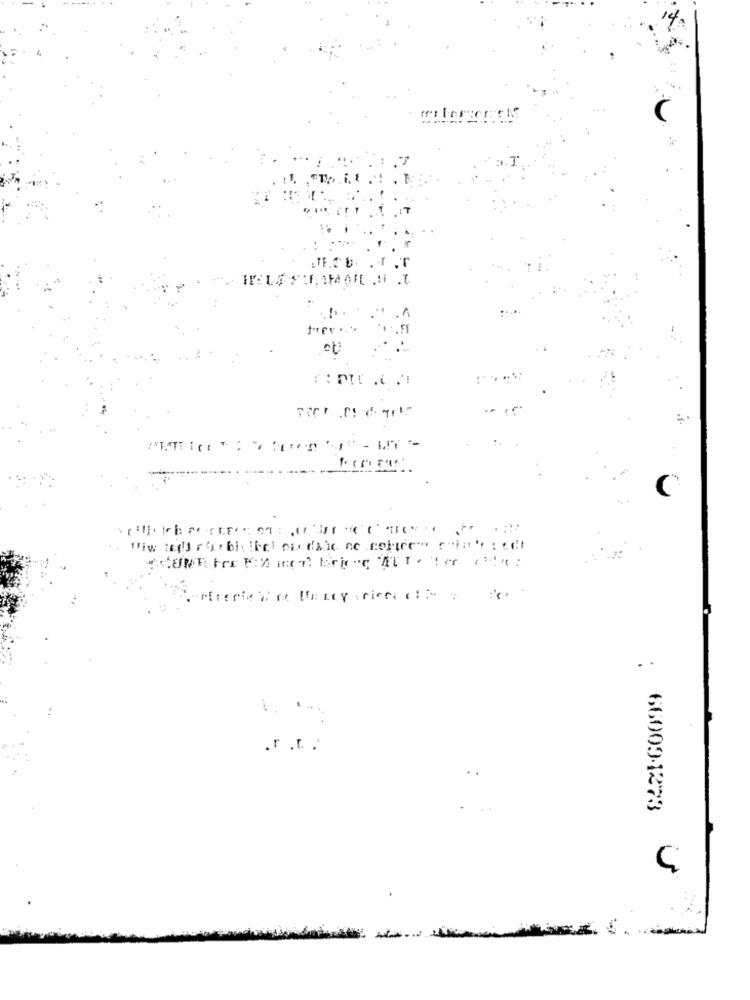
٠١٠٠
" .A
١٠.٢١
. :
C
.r .t .
660094273